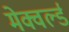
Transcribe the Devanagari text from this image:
मेक्वर्ल्ड